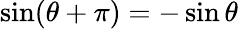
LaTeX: \sin(\theta+\pi)=-\sin\theta